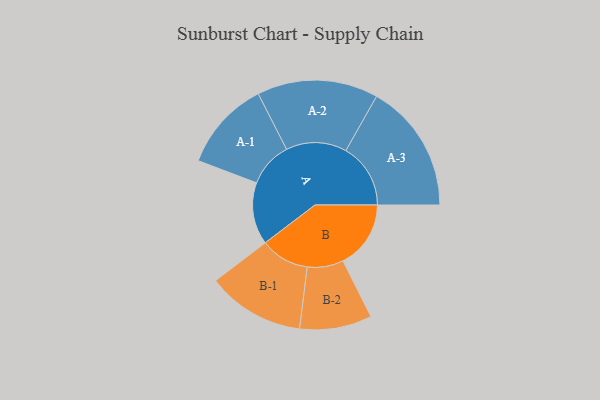
{"axis": {"x": "Segment", "y": "Value"}, "legend": ["", "A", "B"], "data": [{"x": "A", "y": 282, "type": ""}, {"x": "B", "y": 308, "type": ""}, {"x": "A-1", "y": 205, "type": "A"}, {"x": "A-2", "y": 275, "type": "A"}, {"x": "A-3", "y": 294, "type": "A"}, {"x": "B-1", "y": 222, "type": "B"}, {"x": "B-2", "y": 164, "type": "B"}]}